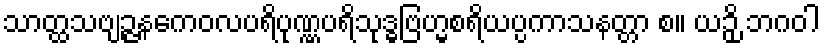
သာတ္ထသဗျဉ္ဇနကေဝလပရိပုဏ္ဏပရိသုဒ္ဓဗြဟ္မစရိယပ္ပကာသနတ္တာ စ။ ယဉှိ ဘဂဝါ